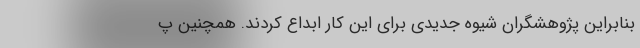
بنابراین پژوهشگران شیوهٔ جدیدی برای این کار ابداع کردند. همچنین پ